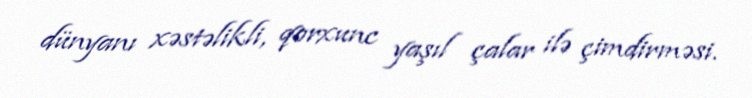
dünyanı xəstəlikli, qorxunc yaşıl çalar ilə çimdirməsi.